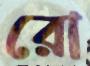
রো